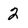
Character: 2